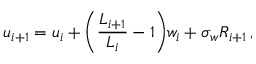
u _ { i + 1 } = u _ { i } + \bigg ( \frac { L _ { i + 1 } } { L _ { i } } - 1 \bigg ) w _ { i } + \sigma _ { w } R _ { i + 1 } \, ,